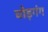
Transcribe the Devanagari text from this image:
चोड़गंग